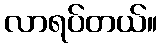
လာရပ်တယ်။